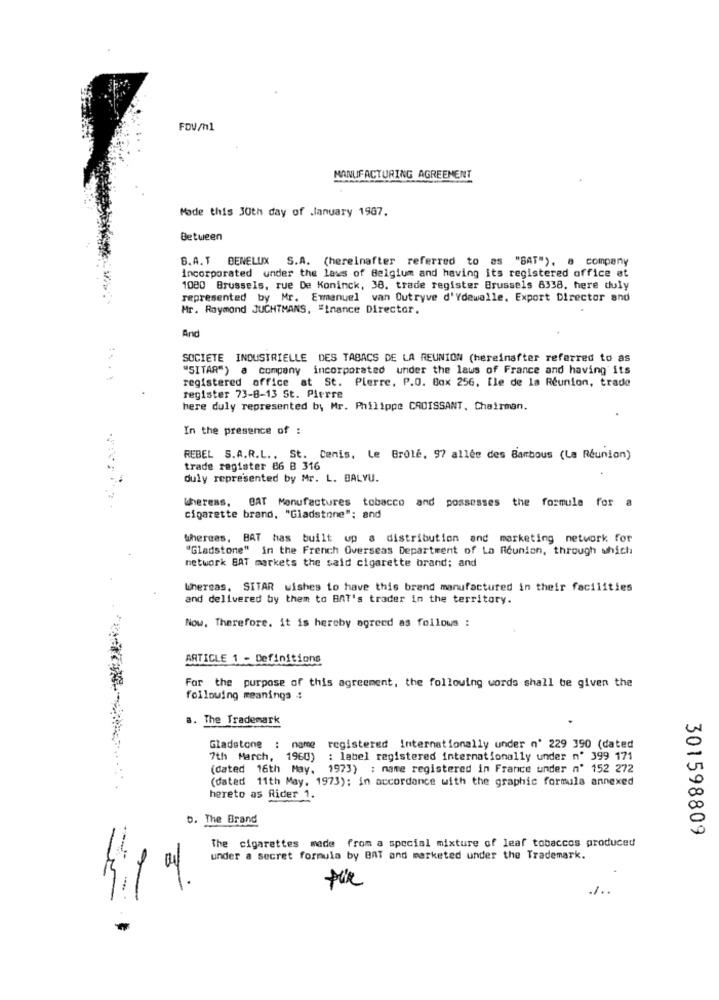
FDV/hl
MANUFACTURING AGREEMENT
Made this 30th day of January 1987.
Between
B.A. T BENELUX S.A. (hereinafter referred to as "SAT"). a company
incorporated under the laws of Belgium and having its registered office at
1080 Brussels, rue De Koninck, 38. trade register Brussels 8338, here duly
represented by Mr. Emmanuel van Outryve d'Ydewalle. Export Director and
Mr. Raymond JUCHTMANS, "tnance Director.
And
SOCIETE INDUSTRIELLE DES TABACS DE LA REUNION (hereinafter referred to as
"SITAR") a company incorporated under the laws of France and having its
registered office at St. Pierre. P.O. Box 256, Ile de la Reunion, trade
register 73-8-13 St. Pierre
here duly represented by Mr. Philippe CROISSANT, Chairman.
In the presence of :
REBEL S.A.R.L ., St. Cenis, Le Brolé, 97 allée des Bambous (La Réunion)
trade register 86 8 316
duly represented by Mr. L. BALYU.
Wheress, BAT Manufactures tobacco and possesses the formula for a
cigarette brand, "Gladstone": and
thereas, BAT has built up a distribution and marketing network for
"Gladstone" in the French Overseas Department of La Reunion, through which
network BAT markets the said cigarette brand; and
Whereas, SITAR wishes to have this brand manufactured in their facilities
and delivered by them to BAT's trader in the territory.
Now. Therefore. it is hereby agreed as follows :
ARTICLE 1 - Definitions
For the purpose of this agreement, the following words shall be given the
following meanings 4
a. The Trademark
Gladstone : nome registered Internationally under n' 229 390 (dated
7th March, 1960)
: label registered internationally under nº 399 171
(dated 16th May, 1973) : name registered in France under n' 152 272
(dated 11th May. 1973); in accordance with the graphic formula annexed
hereto as Rider 1.
b. The Brand
301598809
-
The cigarettes made from a special mixture of leaf tobaccos produced
under a secret formula by BAT and marketed under the Trademark.
./ ..